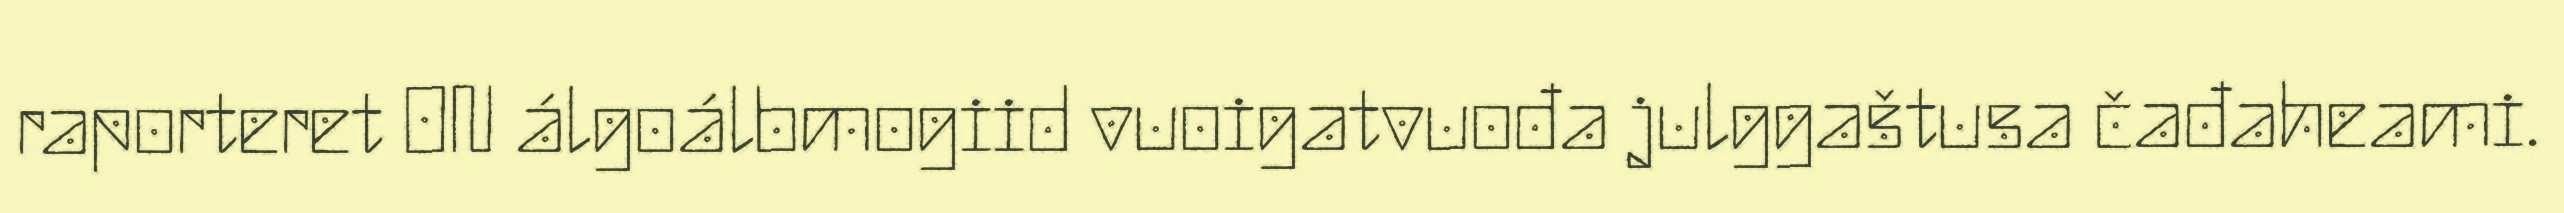
raporteret ON álgoálbmogiid vuoigatvuođa julggaštusa čađaheami.